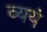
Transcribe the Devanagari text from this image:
व्ययं